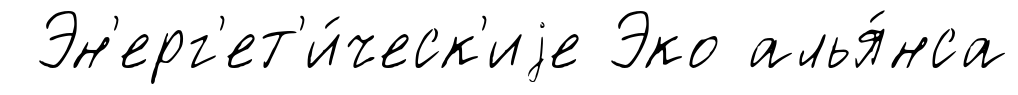
Эн'ерг'ет'и́ческ'иjе Эко алья́нса